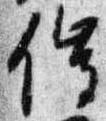
催